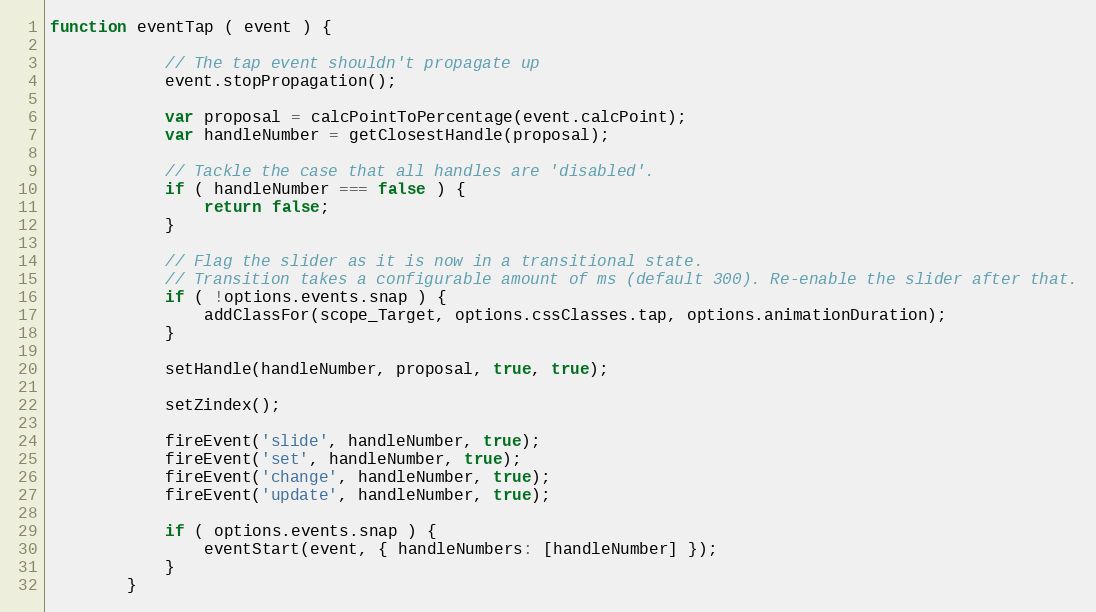
Language: JavaScript
function eventTap ( event ) {

            // The tap event shouldn't propagate up
            event.stopPropagation();

            var proposal = calcPointToPercentage(event.calcPoint);
            var handleNumber = getClosestHandle(proposal);

            // Tackle the case that all handles are 'disabled'.
            if ( handleNumber === false ) {
                return false;
            }

            // Flag the slider as it is now in a transitional state.
            // Transition takes a configurable amount of ms (default 300). Re-enable the slider after that.
            if ( !options.events.snap ) {
                addClassFor(scope_Target, options.cssClasses.tap, options.animationDuration);
            }

            setHandle(handleNumber, proposal, true, true);

            setZindex();

            fireEvent('slide', handleNumber, true);
            fireEvent('set', handleNumber, true);
            fireEvent('change', handleNumber, true);
            fireEvent('update', handleNumber, true);

            if ( options.events.snap ) {
                eventStart(event, { handleNumbers: [handleNumber] });
            }
        }